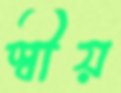
স্বীয়